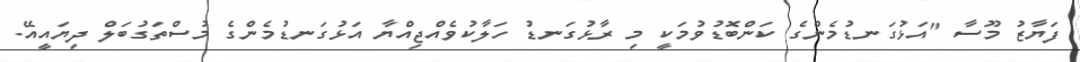
ފަޔާޒު މޫސާ "އަޅުގަނޑުމެންގެ ކަންބޮޑުވުމަކީ މި ރާޅުގަނޑު ހަލާކުވެއްޖިއްޔާ އަޅުގަނޑުމެންގެ މުސްތަގުބަލް ދިޔައީއޭ.